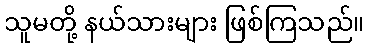
သူမတို့ နယ်သားများ ဖြစ်ကြသည်။